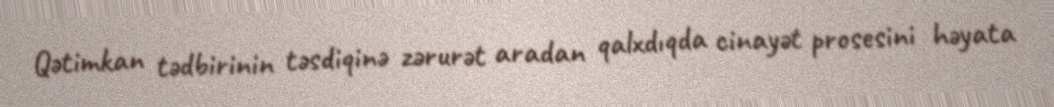
Qətimkan tədbirinin təsdiqinə zərurət aradan qalxdıqda cinayət prosesini həyata